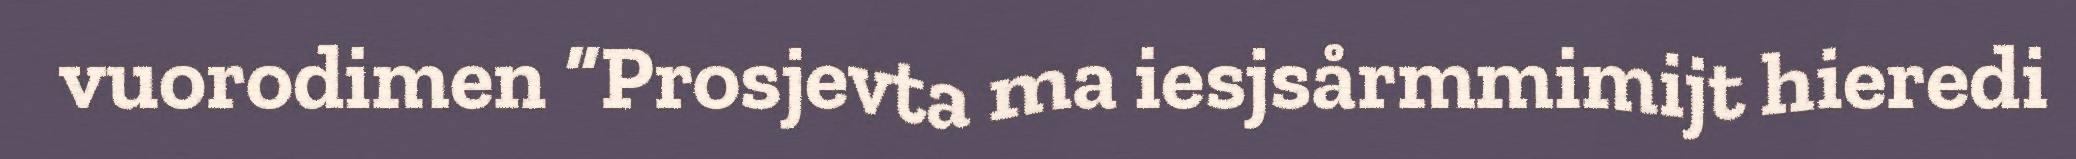
vuorodimen “Prosjevta ma iesjsårmmimijt hieredi